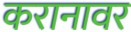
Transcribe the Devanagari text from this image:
करानावर